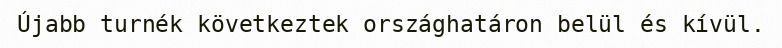
Újabb turnék következtek országhatáron belül és kívül.